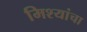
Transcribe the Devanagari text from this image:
मिश्यांचा